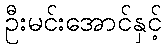
ဦးမင်းအောင်နှင့်